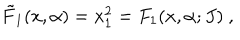
LaTeX: { \tilde { F } } _ { 1 } ( x , \alpha ) = x _ { 1 } ^ { 2 } = F _ { 1 } ( x , \alpha ; J ) ~ ,